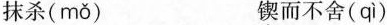
抹杀( mǒ ) 锲而不舍( qì )